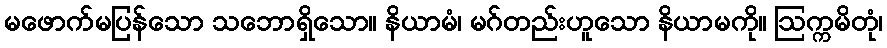
မဖောက်မပြန်သော သဘောရှိသော။ နိယာမံ၊ မဂ်တည်းဟူသော နိယာမကို။ ဩက္ကမိတုံ၊